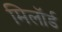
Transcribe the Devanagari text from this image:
मिलॉर्ड